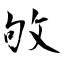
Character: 敂